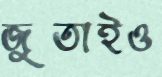
জুতাইও